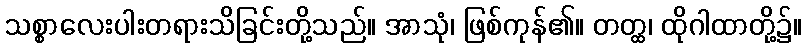
သစ္စာလေးပါးတရားသိခြင်းတို့သည်။ အာသုံ၊ ဖြစ်ကုန်၏။ တတ္ထ၊ ထိုဂါထာတို့၌။